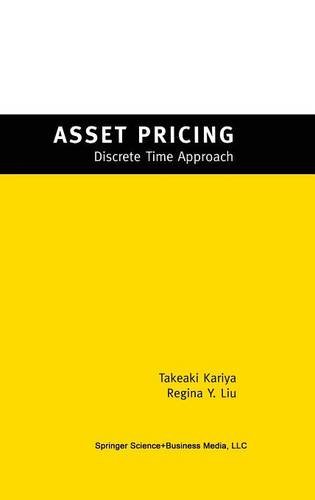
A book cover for Asset Pricing: -Discrete Time Approach-; TAKEAKI KARIYA; Business & Money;